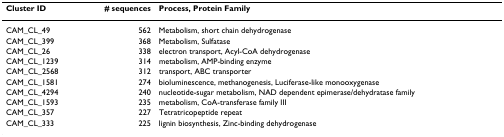
| Cluster ID | # sequences | Process, Protein Family |
 | --- | --- | --- |
 | CAM_CL_49 | 562 | Metabolism, short chain dehydrogenase |
 | CAM_CL_399 | 368 | Metabolism, Sulfatase |
 | CAM_CL_26 | 338 | electron transport, Acyl-CoA dehydrogenase |
 | CAM_CL_1239 | 314 | metabolism, AMP-binding enzyme |
 | CAM_CL_2568 | 312 | transport, ABC transporter |
 | CAM_CL_1581 | 274 | bioluminescence, methanogenesis, Luciferase-like monooxygenase |
 | CAM_CL_4294 | 240 | nucleotide-sugar metabolism, NAD dependent epimerase/dehydratase family |
 | CAM_CL_1593 | 235 | metabolism, CoA-transferase family III |
 | CAM_CL_357 | 227 | Tetratricopeptide repeat |
 | CAM_CL_333 | 225 | lignin biosynthesis, Zinc-binding dehydrogenase |